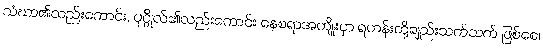
သံဃာ၏လည်းကောင်း, ပုဂ္ဂိုလ်၏လည်းကောင်း နေစရာအကျိုးငှာ ရဟန်းတို့ချည်းသက်သက် ဖြစ်စေ၊